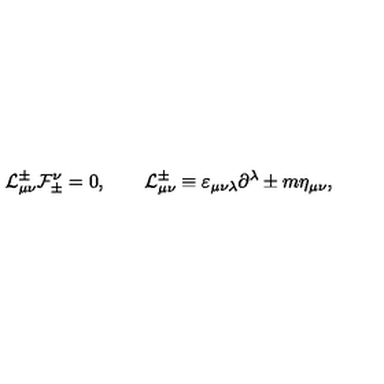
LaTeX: { \cal L } _ { \mu \nu } ^ { \pm } { \cal F } _ { \pm } ^ { \nu } = 0 , \qquad { \cal L } _ { \mu \nu } ^ { \pm } \equiv \varepsilon _ { \mu \nu \lambda } \partial ^ { \lambda } \pm m \eta _ { \mu \nu } ,